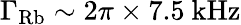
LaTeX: \Gamma_{\mathrm{Rb}}\sim 2\pi\times 7.5~\mathrm{kHz}